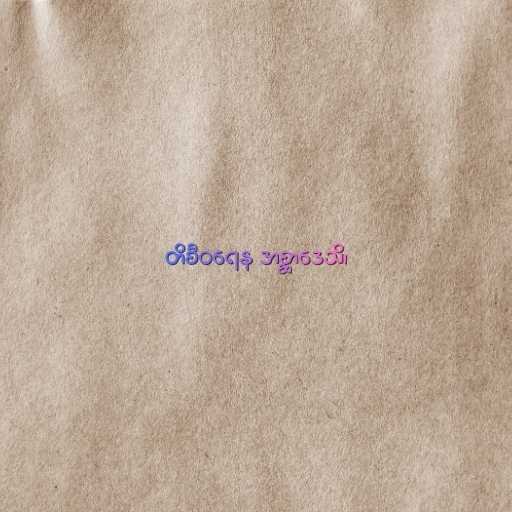
တိစီဝရေန အစ္ဆာဒေသိ၊